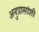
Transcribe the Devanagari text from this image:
अनुप्रासांशी